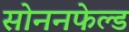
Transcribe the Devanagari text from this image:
सोननफेल्ड